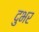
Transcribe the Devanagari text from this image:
दुभर